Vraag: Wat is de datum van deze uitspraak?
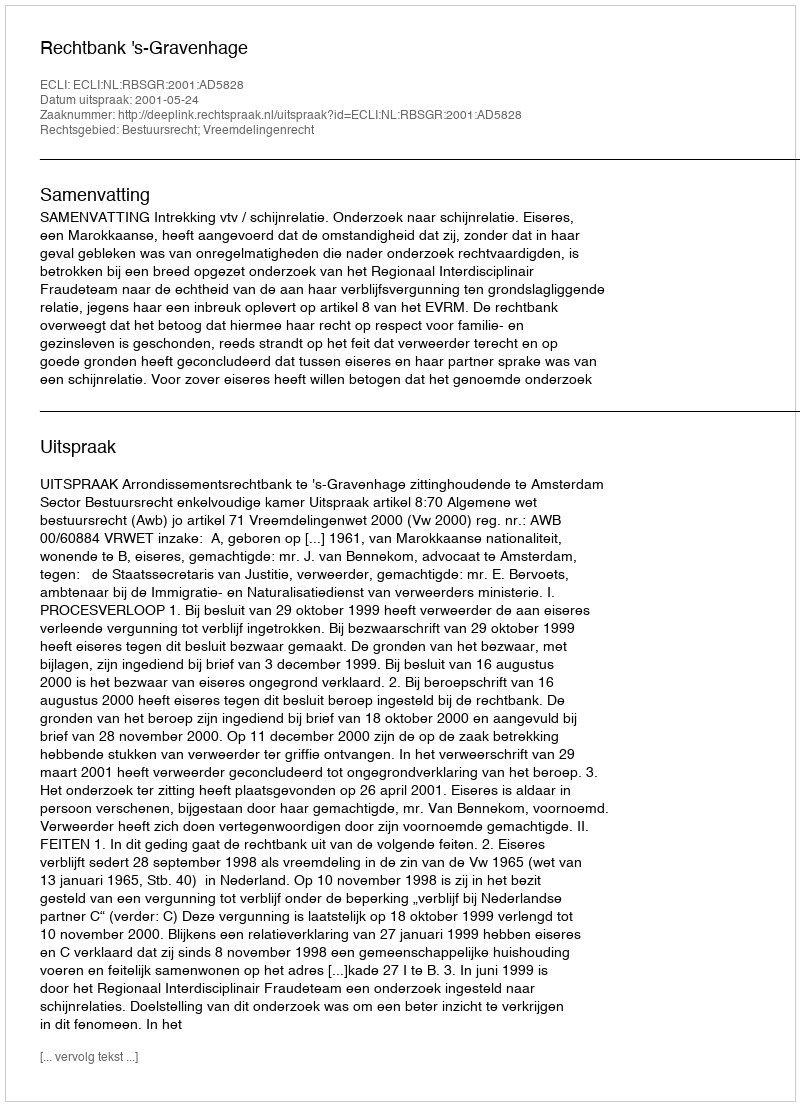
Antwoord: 2001-05-24